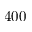
4 0 0